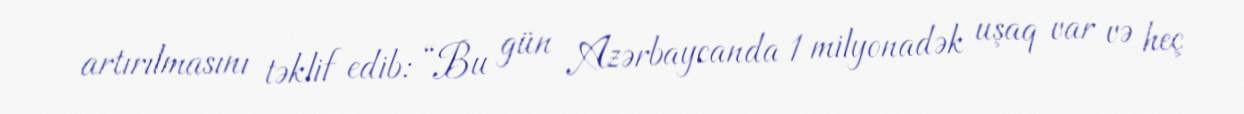
artırılmasını təklif edib: “Bu gün Azərbaycanda 1 milyonadək uşaq var və heç